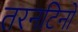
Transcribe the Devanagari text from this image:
तरनटिनो